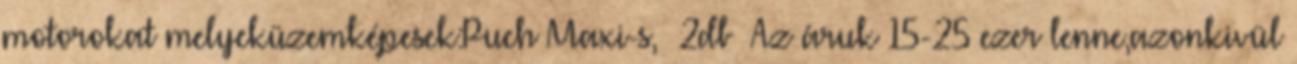
motorokat melyeküzemképesek:Puch Maxi-s, 2db Az áruk 15-25 ezer lenne,azonkivül